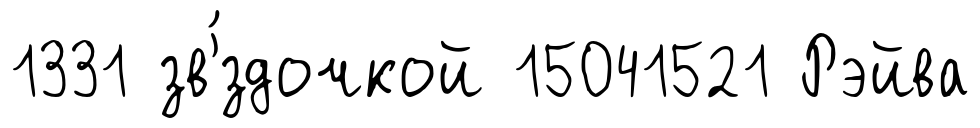
1331 зв'́здочкой 15041521 Рэйва